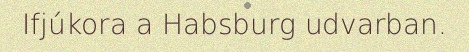
Ifjúkora a Habsburg udvarban.